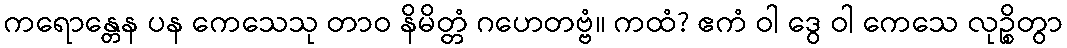
ကရောန္တေန ပန ကေသေသု တာဝ နိမိတ္တံ ဂဟေတဗ္ဗံ။ ကထံ? ဧကံ ဝါ ဒွေ ဝါ ကေသေ လုဉ္စိတွာ